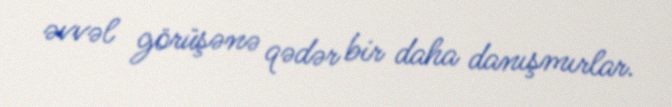
əvvəl görüşənə qədər bir daha danışmırlar.